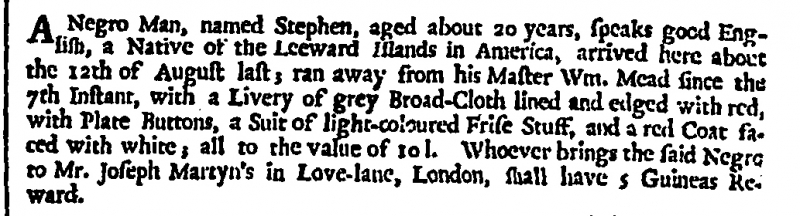
London Gazette, 24 November 1701 (England)
A Negro Man, named Stephen, aged about 20 years, speaks good English, a Native of the Leeward Islands in America, arrived here about the 12th of August last; ran away from his Master Wm. Mead since the 7th Instant, with a Livery of grey Broad-Cloth lined and edged with red, with Plate Buttons, a Suit of light-coloured Frise Stuff, and a red Coat faced with white, all to the value of 10 l. Whoever brings the said Negro to Mr. Joseph Martyn’s in Love-lane, London, shall have 5 Guineas Reward.